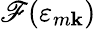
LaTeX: \mathscr{F}(\varepsilon_{m\mathbf{{k}}})